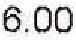
6.00